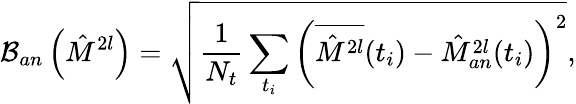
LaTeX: \mathcal{B}_{an}\left(\hat{M}^{2l}\right)=\sqrt{\frac{1}{N_{t}}\sum_{t_{i}}\left(\overline{{\hat{M}^{2l}}}(t_{i})-\hat{M}_{an}^{2l}(t_{i})\right)^{2}},